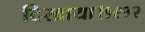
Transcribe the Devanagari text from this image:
दिखाया।१९१२